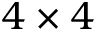
4 \times 4